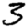
Digit: 3